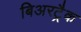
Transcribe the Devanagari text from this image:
बिअरट्रैक